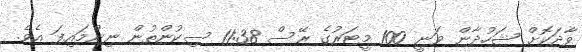
ވާދަކޮށް ޝަހުދާން ވަނީ 100 މީޓަރުގެ ރޭސް 11:38 ސިކުންތުން ނިންމައިފަ އެވެ.